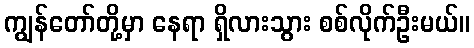
ကျွန်တော်တို့မှာ နေရာ ရှိလားသွား စစ်လိုက်ဦးမယ်။